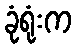
ခုံရုံးက